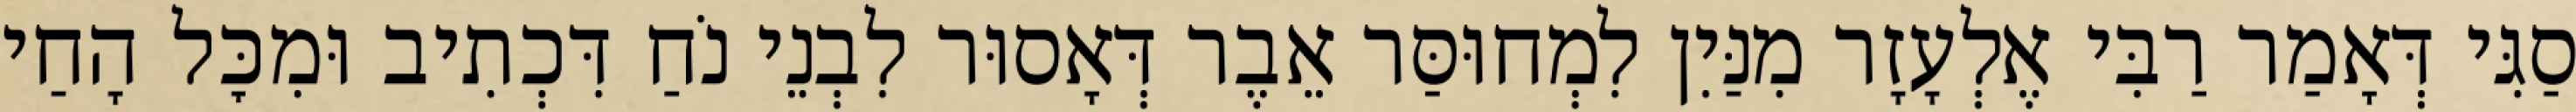
סַגִּי דְּאָמַר רַבִּי אֶלְעָזָר מִנַּיִן לִמְחוּסַּר אֵבֶר דְּאָסוּר לִבְנֵי נֹחַ דִּכְתִיב וּמִכׇּל הָחַי